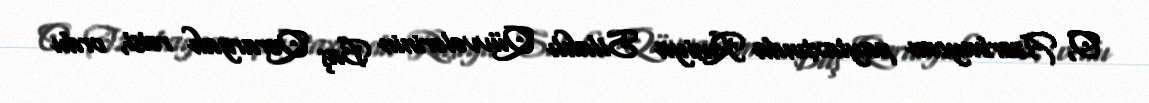
O, Azərbaycan paytaxtında Rusiya Silahlı Qüvvələrinin Baş Qərargah rəisi, ordu